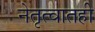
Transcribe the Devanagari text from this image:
नेतृत्वातही